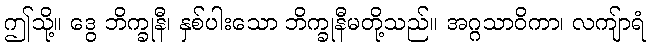
ဤသို့။ ဒွေ ဘိက္ခုနီ၊ နှစ်ပါးသော ဘိက္ခုနီမတို့သည်။ အဂ္ဂသာဝိကာ၊ လကျ်ာရံ